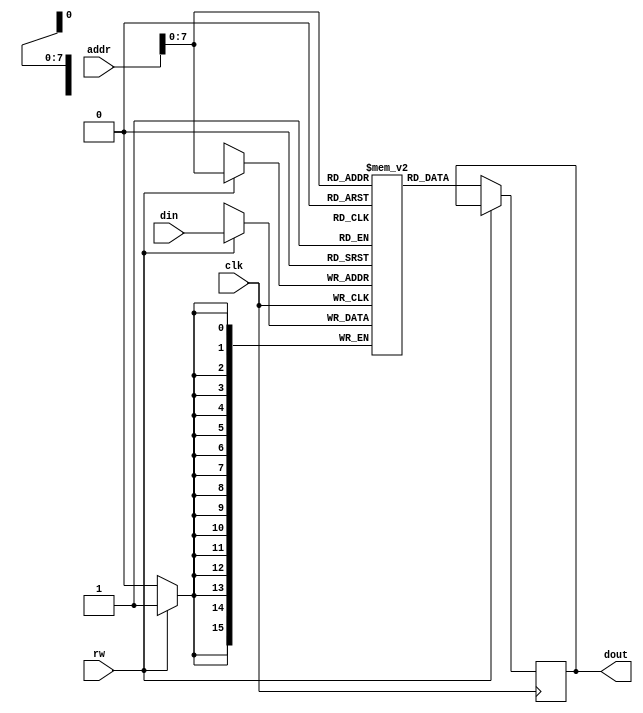
module fake_memory(input clk,
                    input rw,
                    input [15:0] din,
                    input [8:0] addr,
                    output reg[15:0] dout);
    reg [15:0] mem [255:0];
    integer i;
    initial begin
        mem[0]=16'b1010_101_100000000;
        mem[1]=16'b0000_101_101_101_000;
        mem[2]=16'b0000_101_101_101_000;
        mem[3]=16'b0000_101_101_101_000;
        mem[4]=16'b0000_101_101_101_000;
        mem[5]=16'b1010_110_000100000;
        mem[6]=16'b1010_011_000000011;
        mem[7]=16'b1001_110_011_000000;
        mem[8]=16'b1010_001_000000001;
        mem[9]=16'b1010_000_000001110;
        mem[10]=16'b0110_010_000_000000;
        mem[11]=16'b0000_010_010_001_000;
        mem[12]=16'b0001_000_000_001_000;
        mem[13]=16'b1100_0000_0000_0011;
        mem[14]=16'b0111_0000_0000_0000;
        mem[15]=16'b1111_1111_1111_1100;
        mem[16]=16'b1001_110_010_000000;
        mem[17]=16'b1001_101_010_000000;
        mem[18]=16'b1111_0000_0000_0000;
        mem[19]=16'b0111_0000_0000_0000;
        mem[20]=16'b0111_0000_0000_0000;

        for(i=21;i<=256;i=i+1)begin
            mem[i]='b0;
        end
    end
    always @(posedge clk) begin
        if (!rw)   //0:read 1:write
            dout <= mem[addr];
        
        else 
            mem[addr] <= din;

    end
endmodule